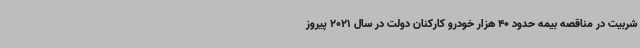
شربیت در مناقصه بیمه حدود 40 هزار خودرو کارکنان دولت در سال 2021 پیروز